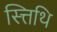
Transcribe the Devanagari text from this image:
स्त्तिथि